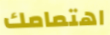
اهتمامك